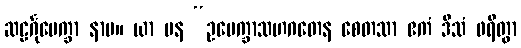
ဆဠင်္ဂုပေက္ခာ နာမ။ ယာ ပန “ဥပေက္ခာသဟဂတေန စေတသာ ဧကံ ဒိသံ ဖရိတွာ